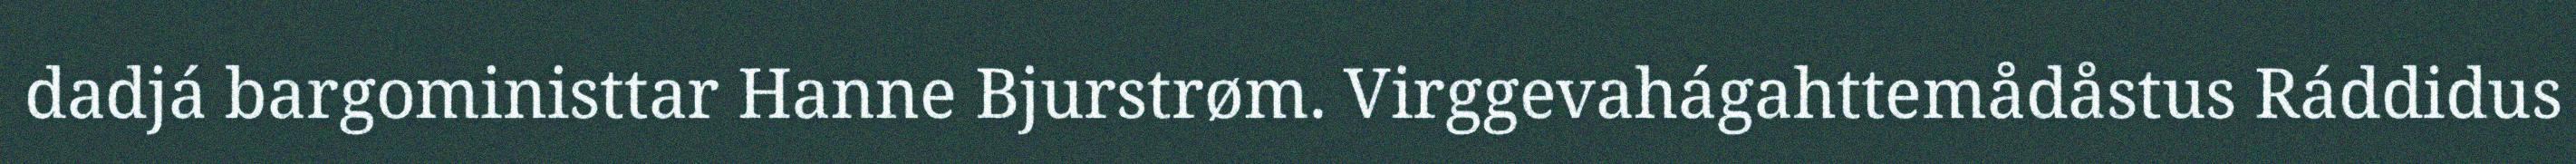
dadjá bargoministtar Hanne Bjurstrøm. Virggevahágahttemådåstus Ráddidus